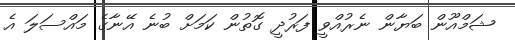
ޝަމްއޫން ބަޔާން ނެރުއްވީ ފަރުދީ ގޮތުން ކަމަށް ބުނެ އޭނާގެ މައްސަލަ އެ